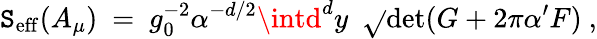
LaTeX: \mathtt{S}_{\mathrm{{eff}}}(A_{\mu})\ =\ g_{0}^{-2}\alpha^{-d/2}\intd^{d}y\ \ {\sqrt{}{{\operatorname*{det}(G+2\pi\alpha^{\prime}F)}}}\ ,